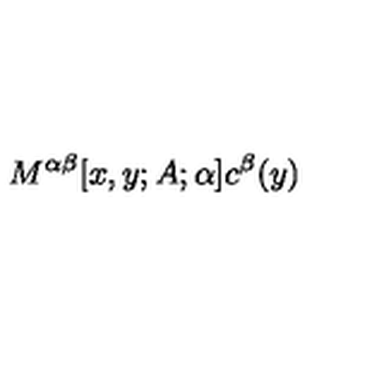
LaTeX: M ^ { \alpha \beta } [ x , y ; A ; \alpha ] c ^ { \beta } ( y )